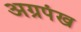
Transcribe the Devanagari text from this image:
अग्रपंख